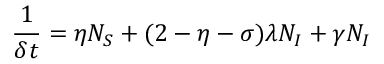
\frac { 1 } { \delta t } = \eta N _ { S } + ( 2 - \eta - \sigma ) \lambda N _ { I } + \gamma N _ { I }